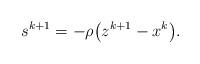
LaTeX: \begin{align*}s^{k+1} = - \rho \big(z^{k+1} - x^k \big).\end{align*}